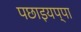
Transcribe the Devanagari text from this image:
पछाइयप्पा